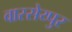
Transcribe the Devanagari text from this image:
वास्सेय्पुर